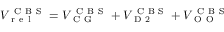
V _ { \mathrm { ~ r ~ e ~ l ~ } } ^ { \mathrm { ~ C ~ B ~ S ~ } } = V _ { \mathrm { ~ C ~ G ~ } } ^ { \mathrm { ~ C ~ B ~ S ~ } } + V _ { \mathrm { ~ D ~ 2 ~ } } ^ { \mathrm { ~ C ~ B ~ S ~ } } + V _ { \mathrm { ~ O ~ O ~ } } ^ { \mathrm { ~ C ~ B ~ S ~ } }